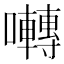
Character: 囀